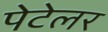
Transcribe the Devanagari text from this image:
पेटेलर